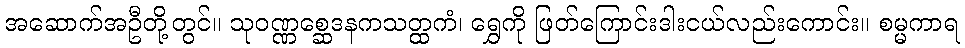
အဆောက်အဦတို့တွင်။ သုဝဏ္ဏစ္ဆေဒနကသတ္ထကံ၊ ရွှေကို ဖြတ်ကြောင်းဒါးငယ်လည်းကောင်း။ စမ္မကာရ